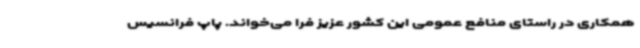
همکاری در راستای منافع عمومی این کشور عزیز فرا می‌خواند. پاپ فرانسیس